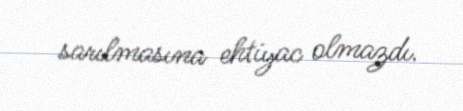
sarılmasına ehtiyac olmazdı.